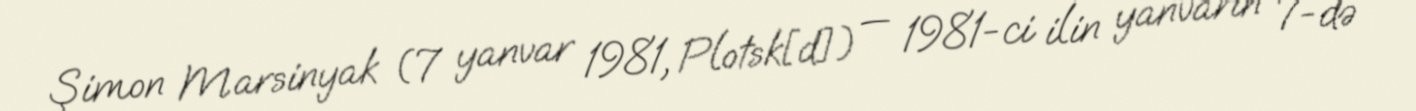
Şimon Marsinyak (7 yanvar 1981, Plotsk[d]) — 1981-ci ilin yanvarın 7-də